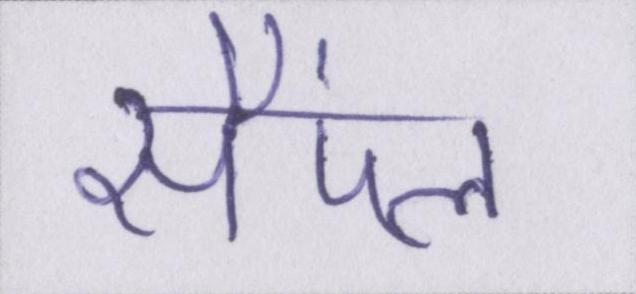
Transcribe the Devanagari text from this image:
सैंपल